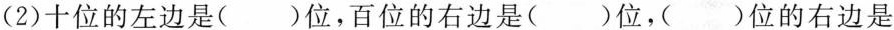
(2)十位的左边是()位，百位的右边是()位，()位的右边是